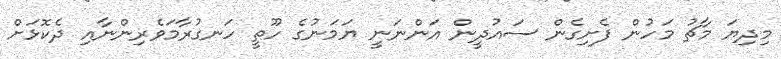
މިދިޔަ މާޗު މަހުން ފެށިގެން ސައުދީން އަންނަނީ ޔަމަނުގެ ހޫތީ ހަނގުރާމަވެރިންނާއި ދެކޮޅަށް